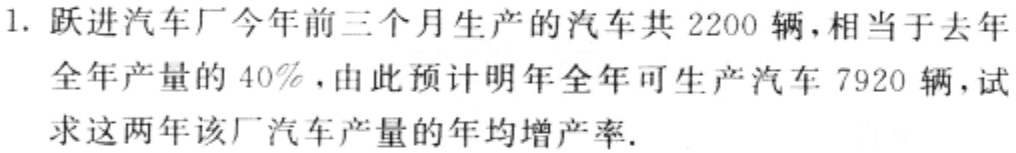
1. 跃进汽车厂今年前三个月生产的汽车共2200辆，相当于去年全年产量的40%，由此预计明年全年可生产汽车7920辆，试求这两年该厂汽车产量的年均增产率.